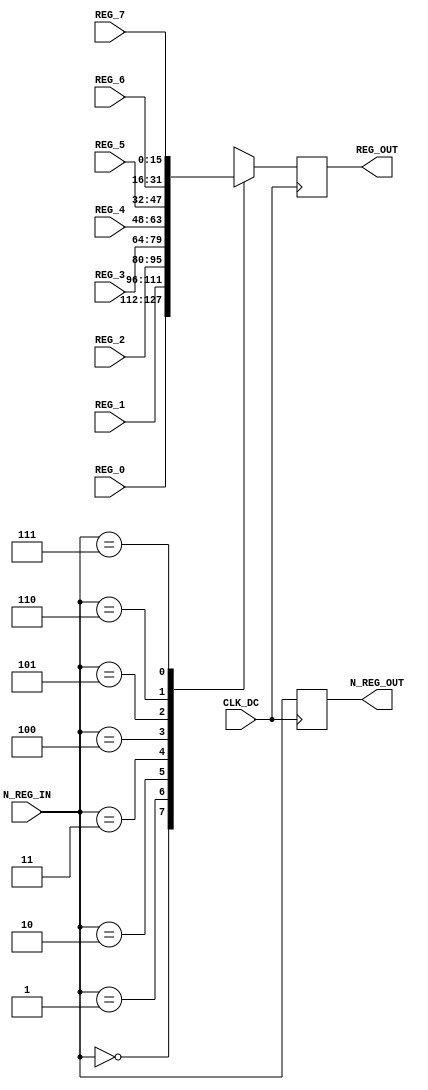


module reg_dc(CLK_DC, N_REG_IN, REG_0, REG_1, REG_2, REG_3, REG_4, REG_5,
              REG_6, REG_7, N_REG_OUT, REG_OUT);

    input         CLK_DC;
    input [2:0]   N_REG_IN;
    input [15:0]  REG_0;
    input [15:0]  REG_1;
    input [15:0]  REG_2;
    input [15:0]  REG_3;
    input [15:0]  REG_4;
    input [15:0]  REG_5;
    input [15:0]  REG_6;
    input [15:0]  REG_7;
    output [2:0]  N_REG_OUT;
    output [15:0] REG_OUT;

    reg [2:0]     N_REG_OUT;
    reg [15:0]    REG_OUT;
    
    always@(posedge CLK_DC) begin

        N_REG_OUT <= N_REG_IN;

        case(N_REG_IN)
            3'b000: REG_OUT <= REG_0;
            3'b001: REG_OUT <= REG_1;
            3'b010: REG_OUT <= REG_2;
            3'b011: REG_OUT <= REG_3;
            3'b100: REG_OUT <= REG_4;
            3'b101: REG_OUT <= REG_5;
            3'b110: REG_OUT <= REG_6;
            3'b111: REG_OUT <= REG_7;
        endcase // case (N_REG_IN)
    end

endmodule // reg_dc